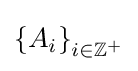
\left\{A_{i}\right\}_{i\in \mathbb {Z} ^{+}}